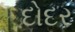
દોદર